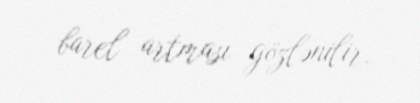
barel artması gözlənilir.